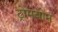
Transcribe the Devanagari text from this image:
ट्रोमबोन